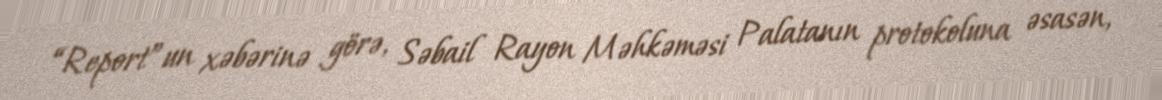
“Report”un xəbərinə görə, Səbail Rayon Məhkəməsi Palatanın protokoluna əsasən,